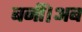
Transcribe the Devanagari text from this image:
बनीं।अब